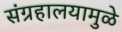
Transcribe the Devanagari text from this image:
संग्रहालयामुळे